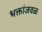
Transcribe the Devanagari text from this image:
भक्तांजवळ